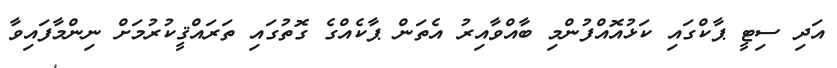
އަދި ސިޓީ ޕާކްގައި ކަޅުއޮއްފުންމި ބާއްވާއިރު އެތަން ޕާކެއްގެ ގޮތުގައި ތަރައްޤީކުރުމަށް ނިންމާފައިވާ